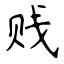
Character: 贱